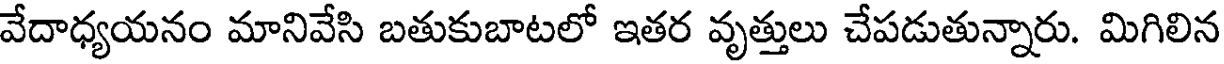
వేదాధ్యయనం మానివేసి బతుకుబాటలో ఇతర వృత్తులు చేపడుతున్నారు. మిగిలిన